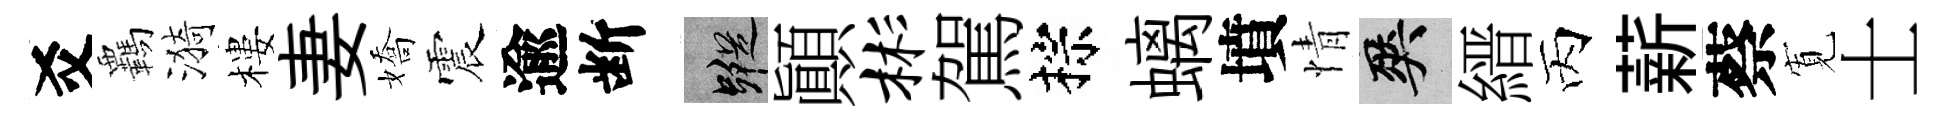
爻覊漪樓妻嬌震逾断蹤顚彬駕棕螭墳情爽縉丙薪蔡𡩖士